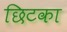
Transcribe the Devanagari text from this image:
छिटका